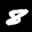
Label: 8